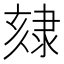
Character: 𨽷